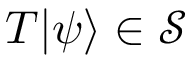
T \vert \psi \rangle \in { \mathcal { S } }